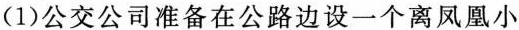
(1)公交公司准备在公路边设一个离凤凰小